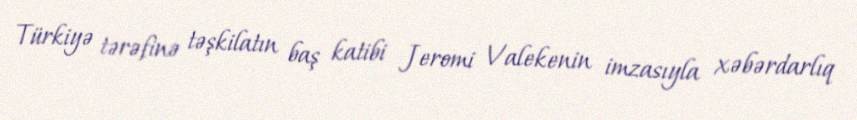
Türkiyə tərəfinə təşkilatın baş katibi Jeromi Valekenin imzasıyla xəbərdarlıq